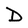
Character: D